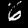
Label: 6